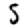
Digit: 5